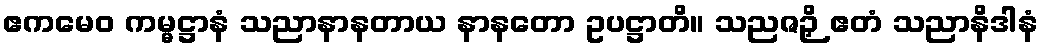
ဧကမေဝ ကမ္မဋ္ဌာနံ သညာနာနတာယ နာနတော ဥပဋ္ဌာတိ။ သညဇဉှိ ဧတံ သညာနိဒါနံ